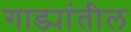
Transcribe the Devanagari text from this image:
गाड्यांतील